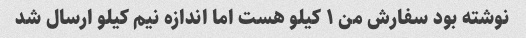
نوشته بود سفارش من ۱ کیلو هست اما اندازه نیم کیلو ارسال شد